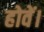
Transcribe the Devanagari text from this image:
होवें।